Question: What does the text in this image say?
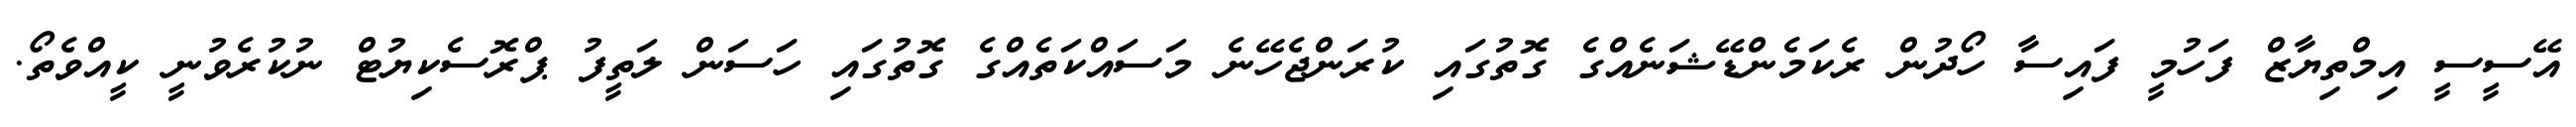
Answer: އޭސީސީ އިމްތިޔާޒް ފަހުމީ ފައިސާ ހޯދުން ރެކަމެންޑޭޝަނެއްގެ ގޮތުގައި ކުރަންޖެހޭނެ މަސައްކަތެއްގެ ގޮތުގައި ހަސަން ލަތީފު ޕްރޮސެކިޔުޓް ނުކުރެވުނީ ކީއްވެތޯ.